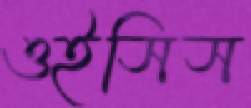
ওইসিস